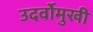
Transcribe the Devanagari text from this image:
उदर्वोमुखी